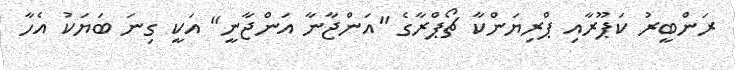
ރަންބީރު ކަޕޫރާއި ޕްރިޔަންކާ ޗޯޕްރާގެ "އަންޖާނާ އަންޖާނީ" އަކީ ގިނަ ބަޔަކު އެހާ